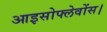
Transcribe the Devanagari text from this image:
आइसोफ्लेवोंस।